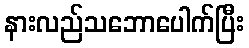
နားလည်သဘောပေါက်ပြီး